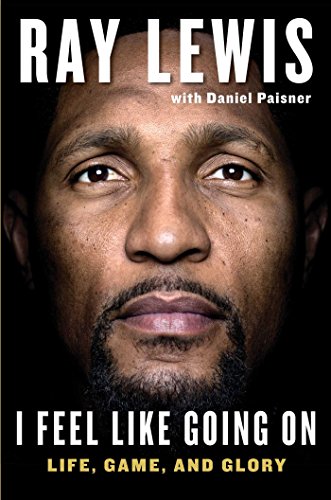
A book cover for I Feel Like Going On: Life, Game, and Glory; Ray Lewis; Biographies & Memoirs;